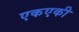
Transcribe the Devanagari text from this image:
एकएकी